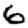
Digit: 6